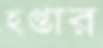
হপ্তার